Mental hospitals Bombay report 1929-33 - 1929-1933
Year: 1929
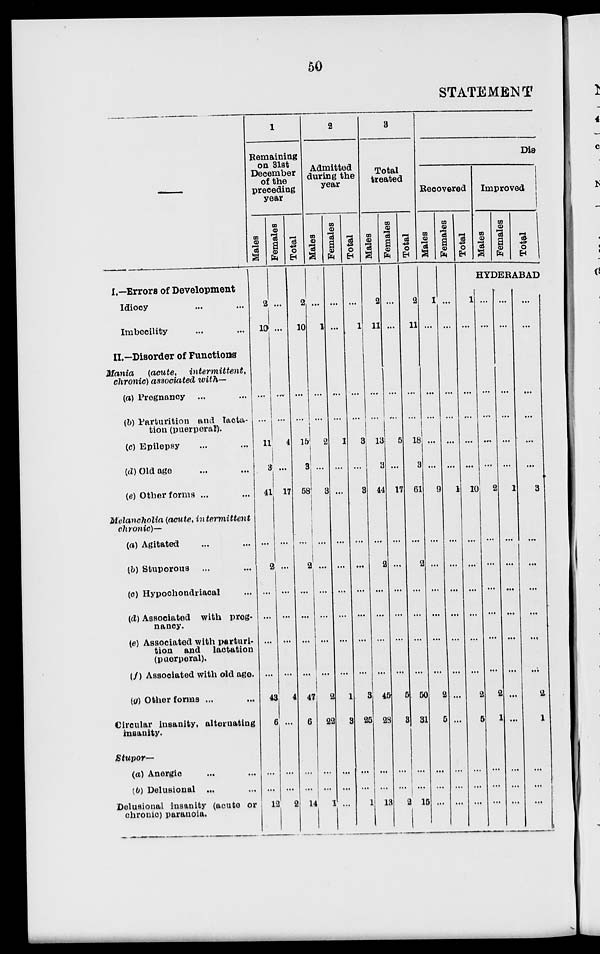
50
STATEMENT
I.—Errors of Development
Idiocy ... ...
Imbecility ... ...
II.— Disorder of Functions
Mania
(acute,
intermittent,
chronic) associated with—
(a) Pregnancy ... ...
(b) Parturition and lacta-
tion (puerperal).
(c) Epilepsy ... ...
(d) Old age ... ...
(e) Other forms ... ...
Melancholia (acute, intermittent
chronic)—
(a) Agitated ... ...
(b) Stuporous ... ...
(c) Hypochondriacal ...
(d) Associated with preg-
nancy.
(e) Associated with parturi-
tion and lactation
(puerperal).
(f) Associated with old age.
(g) Other forms ... ...
Circular insanity, alternating
insanity.
Stupor—
(a) Anergic ... ...
(b) Delusional ... ...
Delusional insanity (acute or
chronic) paranoia.
1
Remaining
on 31st
December
of the
preceding
year
Males
2
10
...
...
11
3
41
...
2
...
...
...
...
43
6
...
...
12
Females
...
...
...
...
4
...
17
...
...
...
...
...
...
4
...
...
...
2
Total
2
10
...
...
15
3
58
...
2
...
...
...
...
47
6
...
...
14
2
Admitted
during the
year
Males
...
1
...
...
2
...
3
...
...
...
...
...
...
2
22
...
...
1
Females
...
...
...
...
1
...
...
...
...
...
...
...
...
1
3
...
...
...
Total
...
1
...
...
3
...
3
...
...
...
...
...
...
3
25
...
...
1
3
Total
treated
Males
2
11
...
...
13
3
44
...
2
...
...
...
...
45
28
...
...
13
Females
...
...
...
...
5
...
17
...
...
...
...
...
...
5
3
...
...
2
Total
2
11
...
...
18
3
61
...
2
...
...
...
...
50
31
...
...
15
Dis-
Recovered
Males
1
...
...
...
...
...
9
...
...
...
...
...
...
2
5
...
...
...
Females
...
...
...
...
...
...
1
...
...
...
...
...
...
...
...
...
...
...
Total
1
...
...
...
...
...
10
...
...
...
...
...
...
2
5
...
...
...
Improved
Males
Females
Total
HYDERABAD
...
...
...
...
...
...
2
...
...
...
...
...
...
2
1
...
...
...
...
...
...
...
...
...
1
...
...
...
...
...
...
...
...
...
...
...
...
...
...
...
...
...
3
...
...
...
...
...
...
2
1
...
...
...